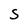
Character: S